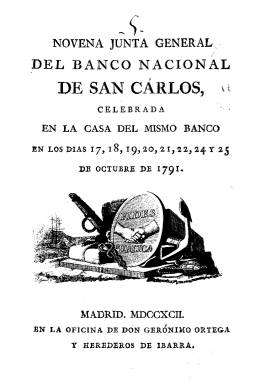
Título: Junta General del Banco Nacional de San Carlos celebrada en ...
Otros títulos: Junta General de Accionistas del Banco Nacional de San Carlos celebrada en ..., 1819-<1827> || Junta General de Accionistas del Banco Nacional de San Carlos celebrada en ...
Colección: Anuarios e informes || Economía
Ámbito geográfico: Madrid
Lugar de publicación: Madrid
Fechas: 01/01/1791-31/12/1791

Digitalizada la memoria correspondiente a la novena junta general, celebrada en octubre de 1791 (impresa en 1792), con signatura HA/8649(7). Falta digitalizar los ejemplares de 1783-1790 y 1792-1827.